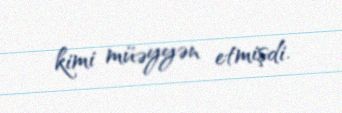
kimi müəyyən etmişdi.